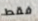
فقط